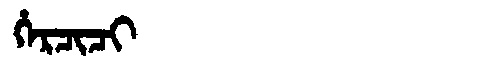
Manchu: ᡥᡝᡵᠴᡳᠴᡳ
Romanization: HERCICI